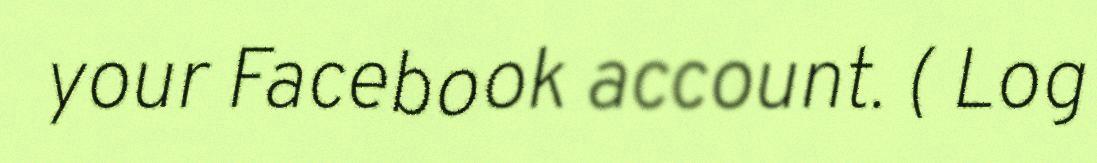
your Facebook account. ( Log